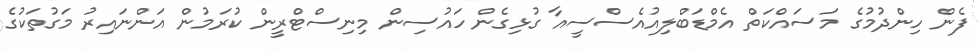
ފެން ހިންދުމުގެ މަސައްކަތް އެމްޑަބްލިއުއެސްސީއާ ގުޅިގެން ހައުސިން މިނިސްޓްރީން ކުރަމުން އަންނައިރު މަގުތަކުގެ